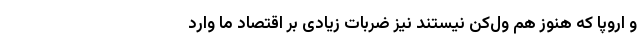
و اروپا که هنوز هم ول‌کن نیستند نیز ضربات زیادی بر اقتصاد ما وارد